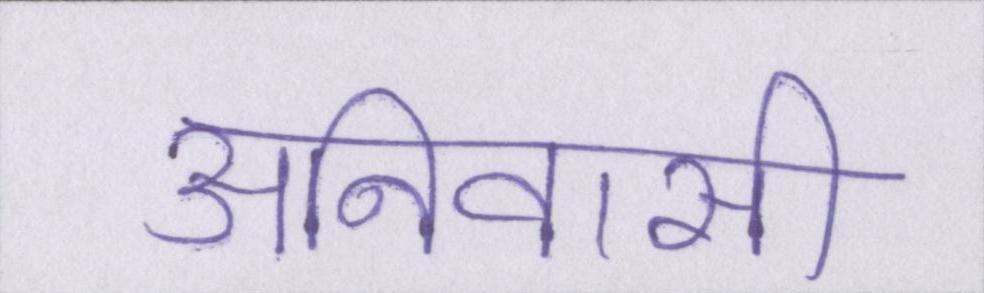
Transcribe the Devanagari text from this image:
अनिवासी